Vaccine operations Central Provinces 1868-1885 - 1868-1885
Year: 1868
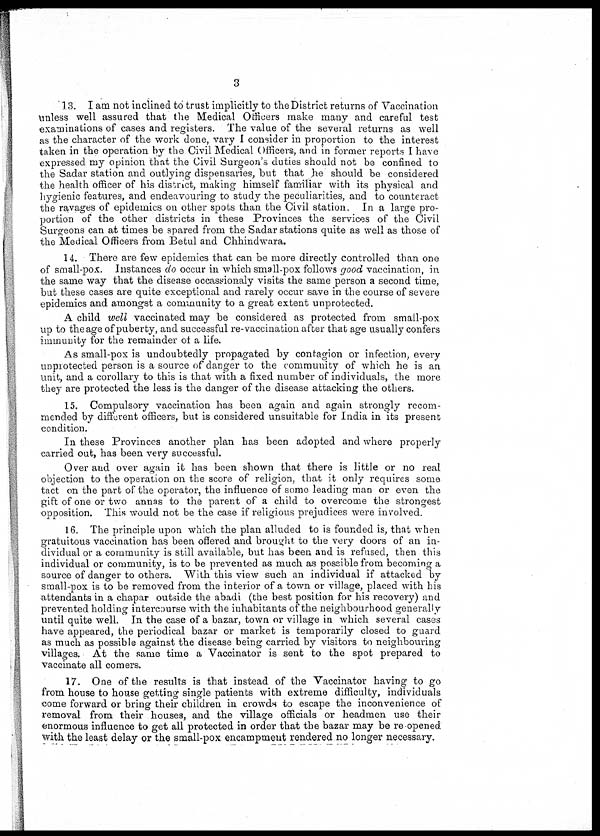
3
13. I am not inclined to trust implicitly to the District returns of Vaccination
unless well assured that the Medical Officers make many and careful test
examinations of cases and registers. The value of the several returns as well
as the character of the work done, vary I consider in proportion to the interest
taken in the operation by the Civil Medical Officers, and in former reports I have
expressed my opinion that the Civil Surgeon's duties should not be confined to
the Sadar station and outlying dispensaries, but that he should be considered
the health officer of his district, making himself familiar with its physical and
hygienic features, and endeavouring to study the peculiarities, and to counteract
the ravages of epidemics on other spots than the Civil station. In a large pro-
portion of the other districts in these Provinces the services of the Civil
Surgeons can at times be spared from the Sadar stations quite as well as those of
the Medical Officers from Betul and Chhindwara.
14. There are few epidemics that can be more directly controlled than one
of small-pox. Instances do occur in which small-pox follows good vaccination, in
the same way that the disease occassionaly visits the same person a second time,
but these cases are quite exceptional and rarely occur save in the course of severe
epidemics and amongst a community to a great extent unprotected.
A child well vaccinated may be considered as protected from small-pox
up to the age of puberty, and successful re-vaccination after that age usually confers
immunity for the remainder of a life.
As small-pox is undoubtedly propagated by contagion or infection, every
unprotected person is a source of danger to the community of which he is an
unit, and a corollary to this is that with a fixed number of individuals, the more
they are protected the less is the danger of the disease attacking the others.
15. Compulsory vaccination has been again and again strongly recom-
mended by different officers, but is considered unsuitable for India in its present
condition.
In these Provinces another plan has been adopted and where properly
carried out, has been very successful.
Over and over again it has been shown that there is little or no real
objection to the operation on the score of religion, that it only requires some
tact on the part of the operator, the influence of some leading man or even the
gift of one or two annas to the parent of a child to overcome the strongest
opposition. This would not be the case if religious prejudices were involved.
16. The principle upon which the plan alluded to is founded is, that when
gratuitous vaccination has been offered and brought to the very doors of an in-
dividual or a community is still available, but has been and is refused, then this
individual or community, is to be prevented as much as possible from becoming a
source of danger to others. With this view such an individual if attacked by
small-pox is to be removed from the interior of a town or village, placed with his
attendants in a chapar outside the abadi (the best position for his recovery) and
prevented holding intercourse with the inhabitants of the neighbourhood generally
until quite well. In the case of a bazar, town or village in which several cases
have appeared, the periodical bazar or market is temporarily closed to guard
as much as possible against the disease being carried by visitors to neighbouring
villages. At the same time a Vaccinator is sent to the spot prepared to
vaccinate all comers.
17. One of the results is that instead of the Vaccinator having to go
from house to house getting single patients with extreme difficulty, individuals
come forward or bring their children in crowds to escape the inconvenience of
removal from their houses, and the village officials or headmen use their
enormous influence to get all protected in order that the bazar may be re opened
with the least delay or the small-pox encampment rendered no longer necessary.